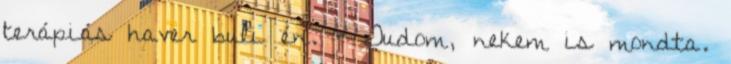
terápiás haver buli én. - Tudom, nekem is mondta.